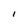
Character: l